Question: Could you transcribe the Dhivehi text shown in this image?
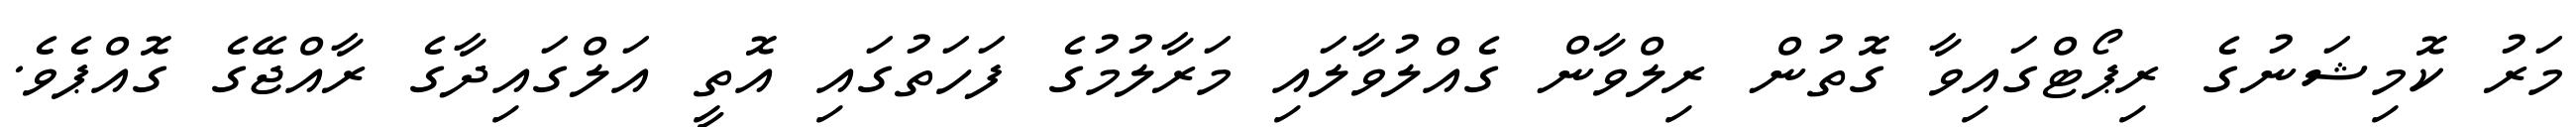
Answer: މަރު ކޮމިޝަނުގެ ރިޕޯޓްގައިވާ ގޮތުން ރިލްވާން ގެއްލުވާލައި މަރާލުމުގެ ފަހަތުގައި އޮތީ އަލްގައިދާގެ ރާއްޖޭގެ ގޮއްޕެވެ.